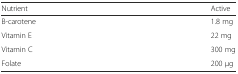
| Nutrient | Active |
 | --- | --- |
 | B-carotene | 1.8 mg |
 | Vitamin E | 22 mg |
 | Vitamin C | 300 mg |
 | Folate | 200 μg |